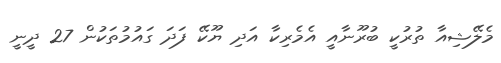
މެލޭޝިއާ ތުރުކީ ބުރޫނާއީ އެމެރިކާ އަދި ޔޫކޭ ފަދަ ގައުމުތަކުން 27 ދީނީ